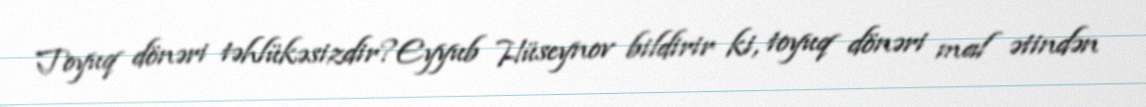
Toyuq dönəri təhlükəsizdir?Eyyub Hüseynov bildirir ki, toyuq dönəri mal ətindən